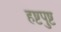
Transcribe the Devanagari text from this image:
हष्टपुष्ट